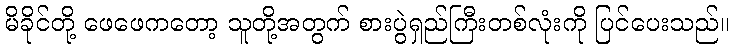
မိခိုင်တို့ ဖေဖေကတော့ သူတို့အတွက် စားပွဲရှည်ကြီးတစ်လုံးကို ပြင်ပေးသည်။